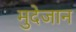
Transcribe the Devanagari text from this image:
मुदेजान